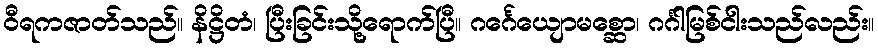
ဝီရကဇာတ်သည်။ နိဋ္ဌိတံ၊ ပြီးခြင်းသို့ရောက်ပြီ။ ဂင်္ဂေယျောမစ္ဆော၊ ဂင်္ဂါမြစ်ငါးသည်လည်း။